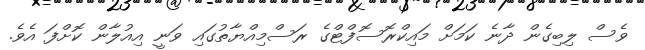
ވެސް ލިބިގެން ދާނެ ކަމަށް މައިކްރޮސޮފްޓްގެ ރަސްމިއްޔާތުގައި ވަނީ އިއުލާން ކޮށްފަ އެވެ.